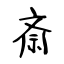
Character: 斎